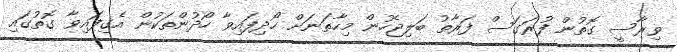
ވިރާސީ ގޮތުން ފުރަގަސް ފަރާތު ބަލިޖެހުން މިހާތަނަށް ހޯދިފައިވާ ހޯދުންތަކުން އެގިފައިވާ ގޮތުގައި